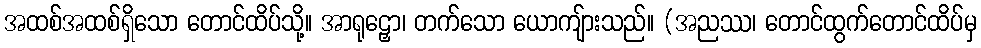
အထစ်အထစ်ရှိသော တောင်ထိပ်သို့။ အာရုဠှော၊ တက်သော ယောကျ်ားသည်။ (အညဿ၊ တောင်ထွက်တောင်ထိပ်မှ